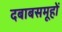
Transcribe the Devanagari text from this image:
दबाबसमूहों